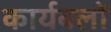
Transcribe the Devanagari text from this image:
कार्यबलों